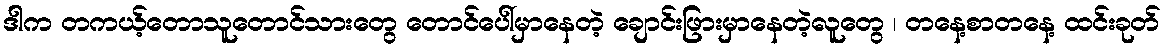
ဒါက တကယ့်တောသူတောင်သားတွေ တောင်ပေါ်မှာနေတဲ့ ချောင်းဖြားမှာနေတဲ့လူတွေ ၊ တနေ့စာတနေ့ ထင်းခုတ်